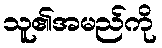
သူ၏အမည်ကို